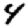
Digit: 4